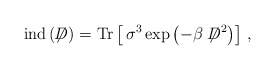
\begin{align*}{\rm ind}\,(\not \!\! D)={\rm Tr} \left[\,\sigma^3 \exp\left(-\beta\not \!\! D^2\right)\right]\,,\end{align*}